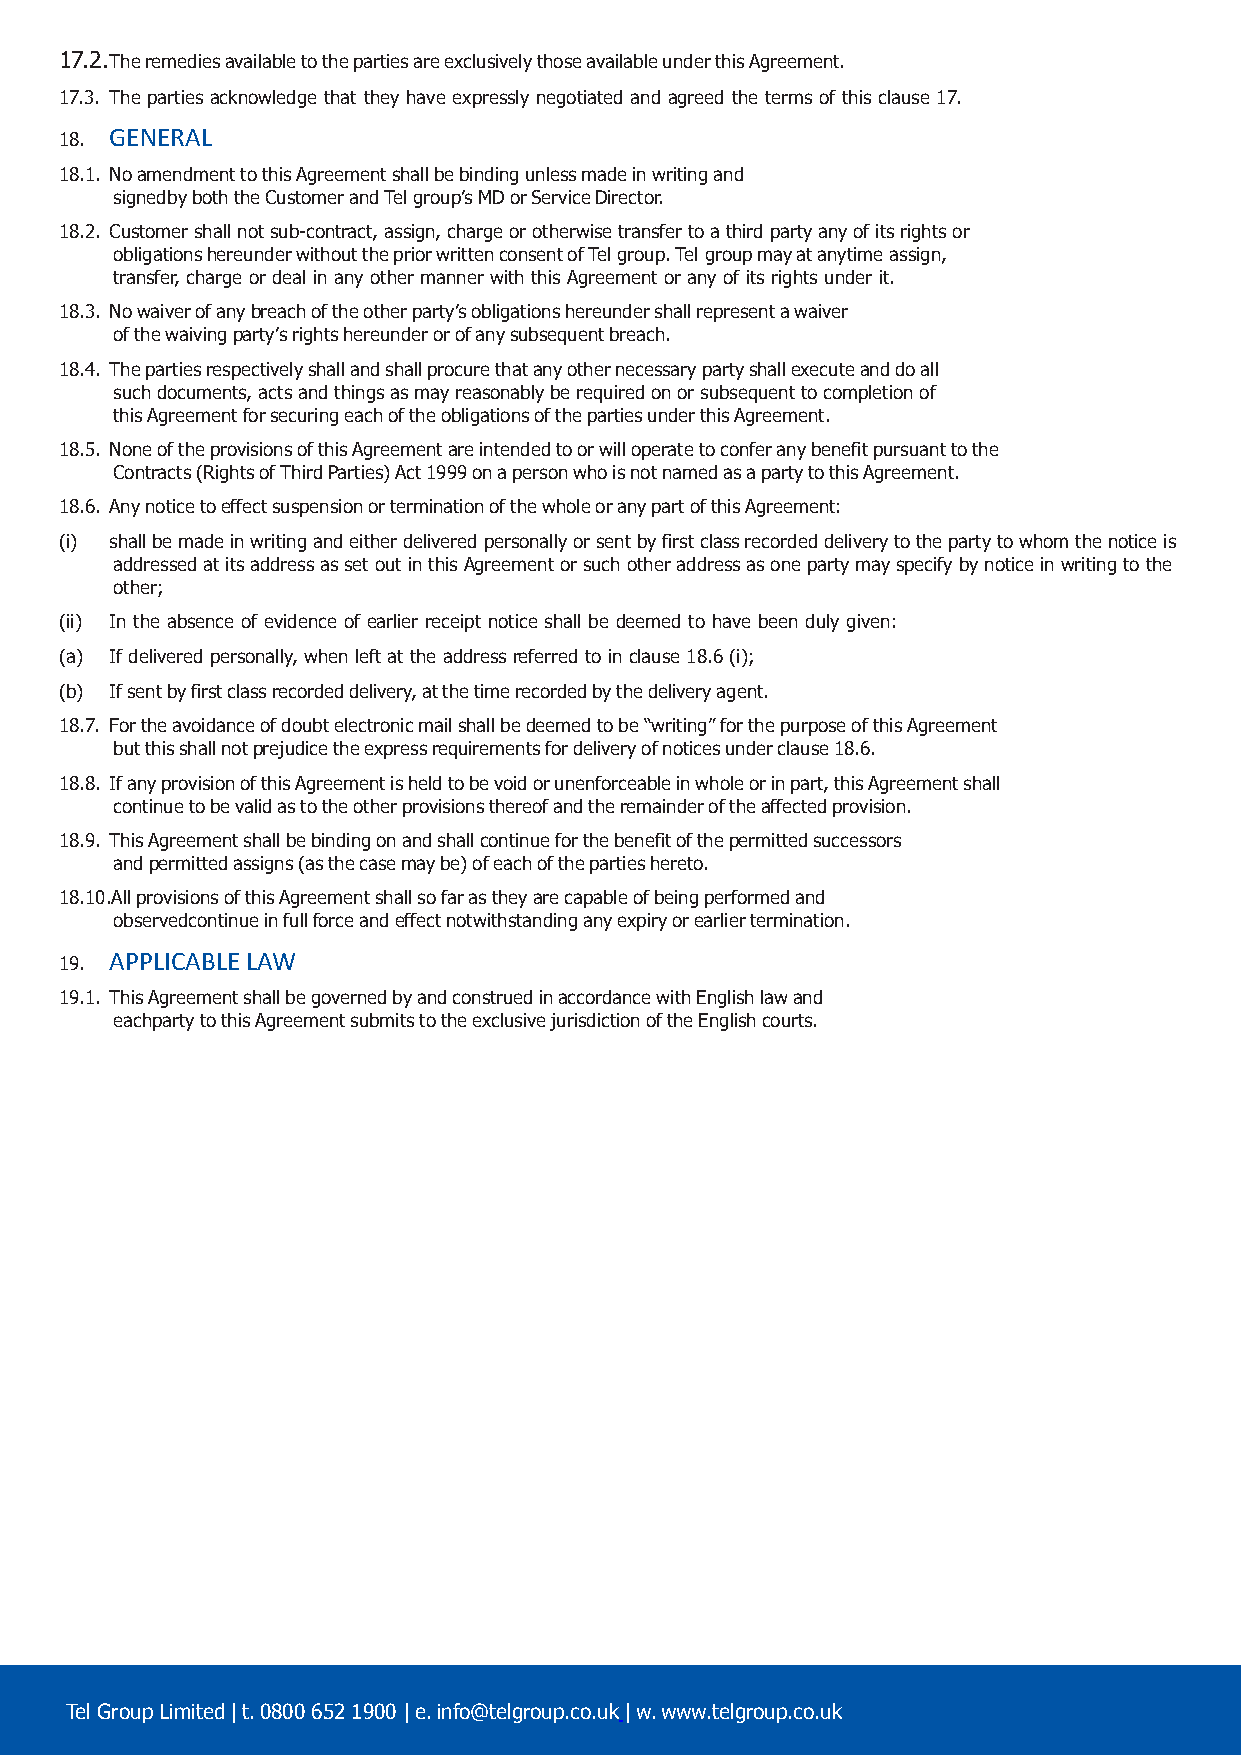
17.2.The remedies available to the parties are exclusively those available under this Agreement.
 17.3. The parties acknowledge that they have expressly negotiated and agreed the terms of this clause 17.
 18. GENERAL
 18.1. No amendment to this Agreement shall be binding unless made in writing and
 signed by both the Customer and Tel group’s MD or Service Director.
 18.2. Customer shall not sub-contract, assign, charge or otherwise transfer to a third party any of its rights or
 obligations hereunder without the prior written consent of Tel group. Tel group may at any time assign,
 transfer, charge or deal in any other manner with this Agreement or any of its rights under it.
 18.3. No waiver of any breach of the other party’s obligations hereunder shall represent a waiver
 of the waiving party’s rights hereunder or of any subsequent breach.
 18.4. The parties respectively shall and shall procure that any other necessary party shall execute and do all
 such documents, acts and things as may reasonably be required on or subsequent to completion of
 this Agreement for securing each of the obligations of the parties under this Agreement.
 18.5. None of the provisions of this Agreement are intended to or will operate to confer any benefit pursuant to the
 Contracts (Rights of Third Parties) Act 1999 on a person who is not named as a party to this Agreement.
 18.6. Any notice to effect suspension or termination of the whole or any part of this Agreement:
 (i) shall be made in writing and either delivered personally or sent by first class recorded delivery to the party to whom the notice is
 addressed at its address as set out in this Agreement or such other address as one party may specify by notice in writing to the
 other;
 (ii) In the absence of evidence of earlier receipt notice shall be deemed to have been duly given:
 (a) If delivered personally, when left at the address referred to in clause 18.6 (i);
 (b) If sent by first class recorded delivery, at the time recorded by the delivery agent.
 18.7. For the avoidance of doubt electronic mail shall be deemed to be “writing” for the purpose of this Agreement
 but this shall not prejudice the express requirements for delivery of notices under clause 18.6.
 18.8. If any provision of this Agreement is held to be void or unenforceable in whole or in part, this Agreement shall
 continue to be valid as to the other provisions thereof and the remainder of the affected provision.
 18.9. This Agreement shall be binding on and shall continue for the benefit of the permitted successors
 and permitted assigns (as the case may be) of each of the parties hereto.
 18.10.All provisions of this Agreement shall so far as they are capable of being performed and
 observed continue in full force and effect notwithstanding any expiry or earlier termination.
 19. APPLICABLE LAW
 19.1. This Agreement shall be governed by and construed in accordance with English law and
 each party to this Agreement submits to the exclusive jurisdiction of the English courts.
 Tel Group Limited | t. 0800 652 1900 | e. info@telgroup.co.uk | w. www.telgroup.co.uk